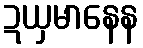
ဍယှမာနေန